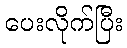
ပေးလိုက်ပြီး